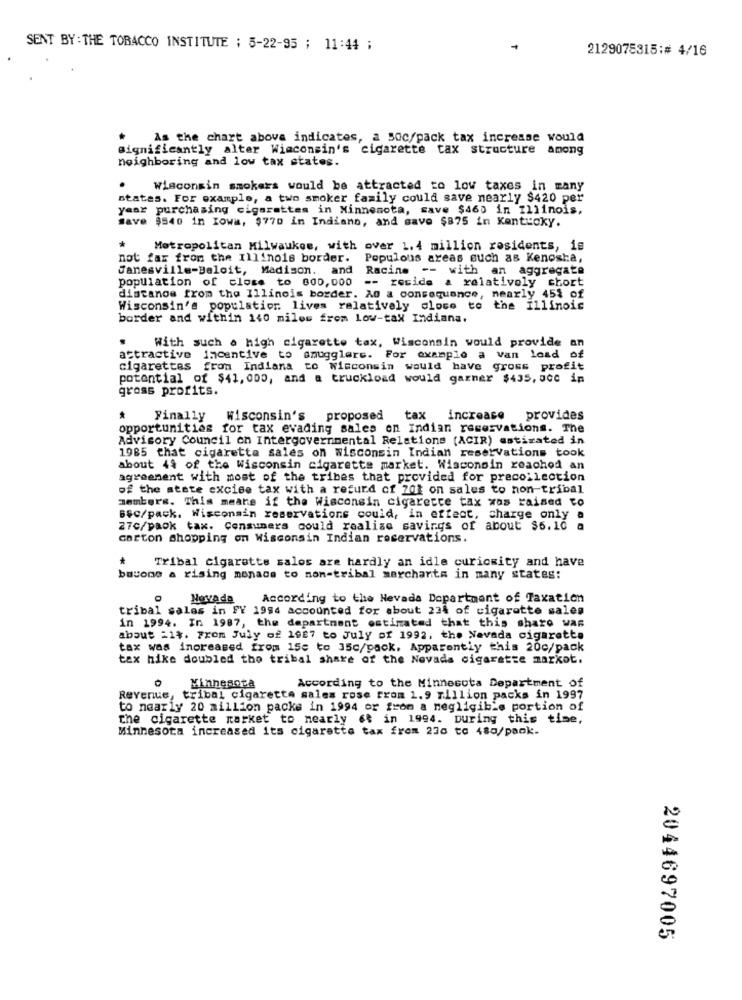
SENT BY :THE TOBACCO INSTITUTE : 5-22-95 ; 11:44 ;
2129075315:# 4/16
As the chart above indicates, a soc/pack tax increase would
significantly alter Wisconsin's cigarette tax structure among
neighboring and low tax states.
Wisconsin smokers would be attracted to lov taxes in many
states. For example, a two smoker family could save nearly $420 per
year purchasing cigarettes in Minnesota, save $460 in Illinois.
save $540 in Iowa, $770 in Indiano, and save $875 in Kentucky.
*
Metropolitan Milwaukee, with over 1.4 million residents, is
not far from the Illinois border.
Populous areas such as Kenosha,
Janesville-Baloit, Madison. and
Racine -- with an aggregate
population of close to 800, 000 -- reside a relatively short
distanos from the Illinois border. As a consequence, nearly 45% of
Wisconsin's population lives relatively close to the Illinois
border and within 140 miles from low-tax Indiana.
.
With such a high cigarette tax, Wisconsin would provide an
attractive incentive to smugglers. For example a van load of
cigarettes from Indiana to Wisconsin would have gross profit
potential of $41, 000, and a truckload would garner $435, acc ip
gross profits.
*
Finally
Wisconsin's proposed
tax
increase provides
opportunities for tax evading sales on Indian reservations. The
Advisory Council on Intergovernmental Relations (ACIR) astirated in
1985 that cigaretta sales on wisconsin Indian reservations took
about 44 of the Wisconsin cigarette market. Wisconsin reached an
agreement with most of the tribes that provided for precollection
of the state excise tax with a refund of 702 on sales to non-tribal
members. This means if the Wisconsin cigarette tax was raised to
BSC/pack. Wisconsin reservations could, in effect, charge only a
270/paok tax. Consumers could realize savings of about $6.10 a
carton shopping on Wisconsin Indian reservations.
* Tribal cigarette salos are hardly an idle curiosity and have
bauone a rising monade to mon-tribal merchants in many states:
Nova da
According to the Nevada Department of Taxation
tribal sales in FY 1996 accounted for about 234 of cigarette sales
in 1994. In 1987, the department estimated that this share was
about =1%. From July of 1987 to July of 1992, the Nevada cigarette
tax was increased from 15c to 35c/pack, Apparently this 20c/pack
tax hike doubled the tribal share of the Nevada cigarette markot.
According to the Minnesota Department of
Minnesota
Revenue, tribal cigaretta sales rose from 1.9 million packs in 1997
to nearly 20 million packs in 1994 or from a negligible portion of
the cigarette market to nearly et in 1994. During this time,
Minnesota increased its cigarette tax from 236 to 480/paok.
2044697005